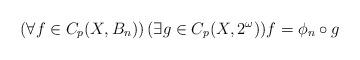
LaTeX: \begin{align*}(\forall f\in C_p(X,B_n))\,(\exists g\in C_p(X,2^\omega))f = \phi_n\circ g\end{align*}